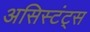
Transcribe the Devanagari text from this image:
असिस्टंट्स